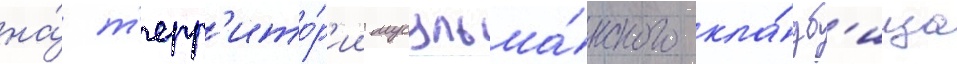
на́ т'ерр'ито́р'ии мусульма́нского кла́дб'ища